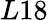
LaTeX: L18